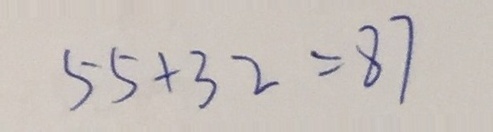
5 5 + 3 2 = 8 7